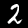
Label: 2